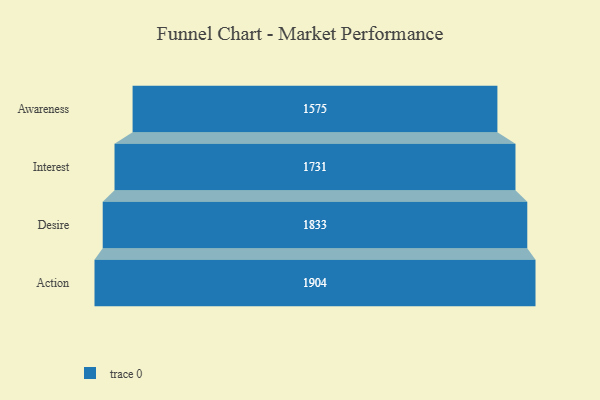
{"axis": {"x": "Stage", "y": "Value"}, "legend": [""], "data": [{"x": "Awareness", "y": 1575.0, "type": ""}, {"x": "Interest", "y": 1731.0, "type": ""}, {"x": "Desire", "y": 1833.0, "type": ""}, {"x": "Action", "y": 1904.0, "type": ""}]}